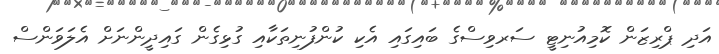
އަދި ޕްރިޒަން ކޮމިއުނިޓީ ސަރވިސްގެ ބައިގައި އެކި ކުންފުނިތަކާއި ގުޅިގެން ގައިދީންނަށް އެލަވަންސް